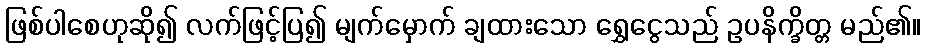
ဖြစ်ပါစေဟုဆို၍ လက်ဖြင့်ပြ၍ မျက်မှောက် ချထားသော ရွှေငွေသည် ဥပနိက္ခိတ္တ မည်၏။